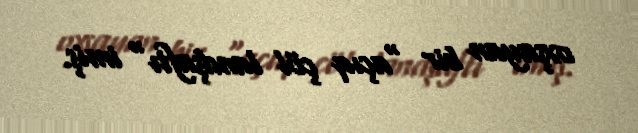
oxşayan bir "açıq çöl landşaftı" imiş.